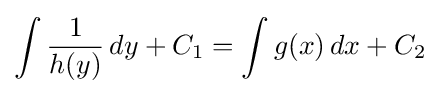
\int {\frac {1}{h(y)}}\,dy+C_{1}=\int g(x)\,dx+C_{2}